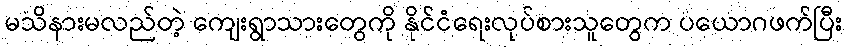
မသိနားမလည်တဲ့ ကျေးရွာသားတွေကို နိုင်ငံရေးလုပ်စားသူတွေက ပယောဂဖက်ပြီး